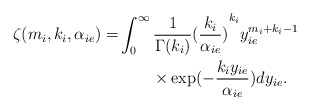
\begin{align*}\zeta ({m_i},{k_i},{\alpha _{ie}}) = &\int_0^\infty {\frac{1}{{\Gamma ({k_i})}}{{(\frac{{{k_i}}}{{{\alpha _{ie}}}})}^{{k_i}}}y_{ie}^{{m_i} + {k_i} - 1}}\\&\quad\quad\times \exp ( - \frac{{{k_i}{y_{ie}}}}{{{\alpha _{ie}}}})d{y_{ie}}.\end{align*}